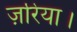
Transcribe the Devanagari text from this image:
ज़रिया।